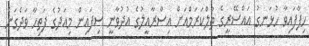
ހިފާފައިވާ ހުޅަނގު އައްސޭރީގެ ތުލްކަރަމްއަށް އިސްރާއީލުގެ އުދުވާނީ ސިފައިން މިއަދުގެ ފަތިހާ ވަދެގަނެ